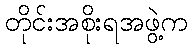
တိုင်းအစိုးရအဖွဲ့က